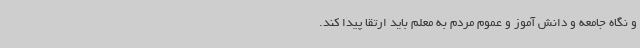
و نگاه جامعه و دانش آموز و عموم مردم به معلم باید ارتقا پیدا کند.